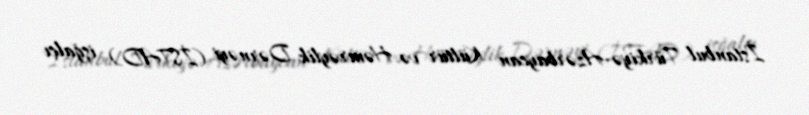
İstanbul Türkiyə-Azərbaycan Kültür və Həmrəylik Dərnəyi (İSTAD) işğalçı